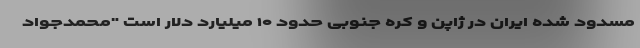
مسدود شده ایران در ژاپن و کره جنوبی حدود ۱۰ میلیارد دلار است "محمدجواد